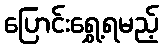
ပြောင်းရွှေ့ရမည့်